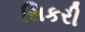
સિકરી